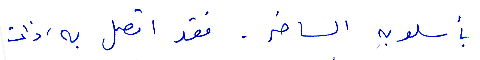
بأسلوبه الساخر. فقد اتصل به، ذات